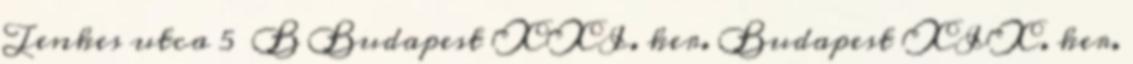
Tenkes utca 5 B Budapest XXI. ker. Budapest XIX. ker.